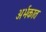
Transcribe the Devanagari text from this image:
अर्भकात